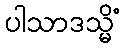
ပါသာဒသ္မိံ